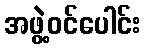
အဖွဲ့ဝင်ပေါင်း